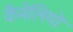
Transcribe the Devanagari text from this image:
कैमेलियों